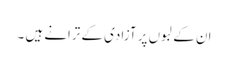
ان کے لبوں پر آزادی کے ترانے ہیں ۔